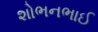
શોભનભાઈ